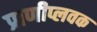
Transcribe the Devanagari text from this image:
प्राणीप्लवक